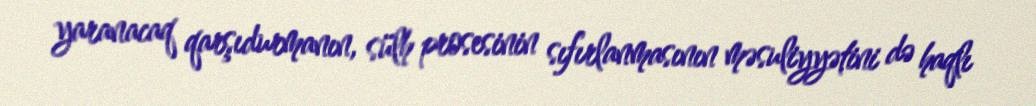
yaranacaq qarşıdurmanın, sülh prosesinin sıfırlanmasının məsuliyyətini də haqlı